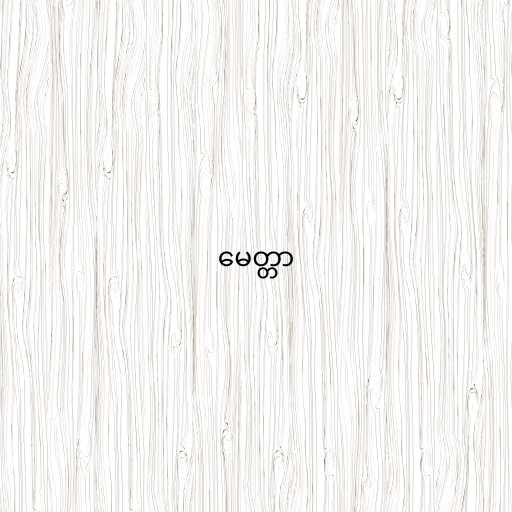
မေတ္တာ